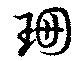
珊